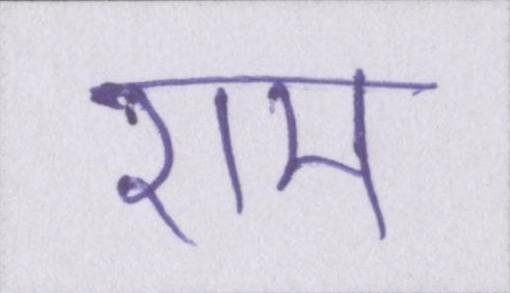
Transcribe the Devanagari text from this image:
राम